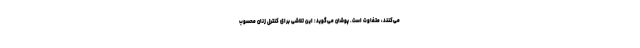
می‌کنند، متفاوت است. پوشان می‌گوید: این تلاشی برای کنترل زنان محسوب